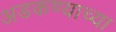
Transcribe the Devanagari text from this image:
अडकण्याच्या